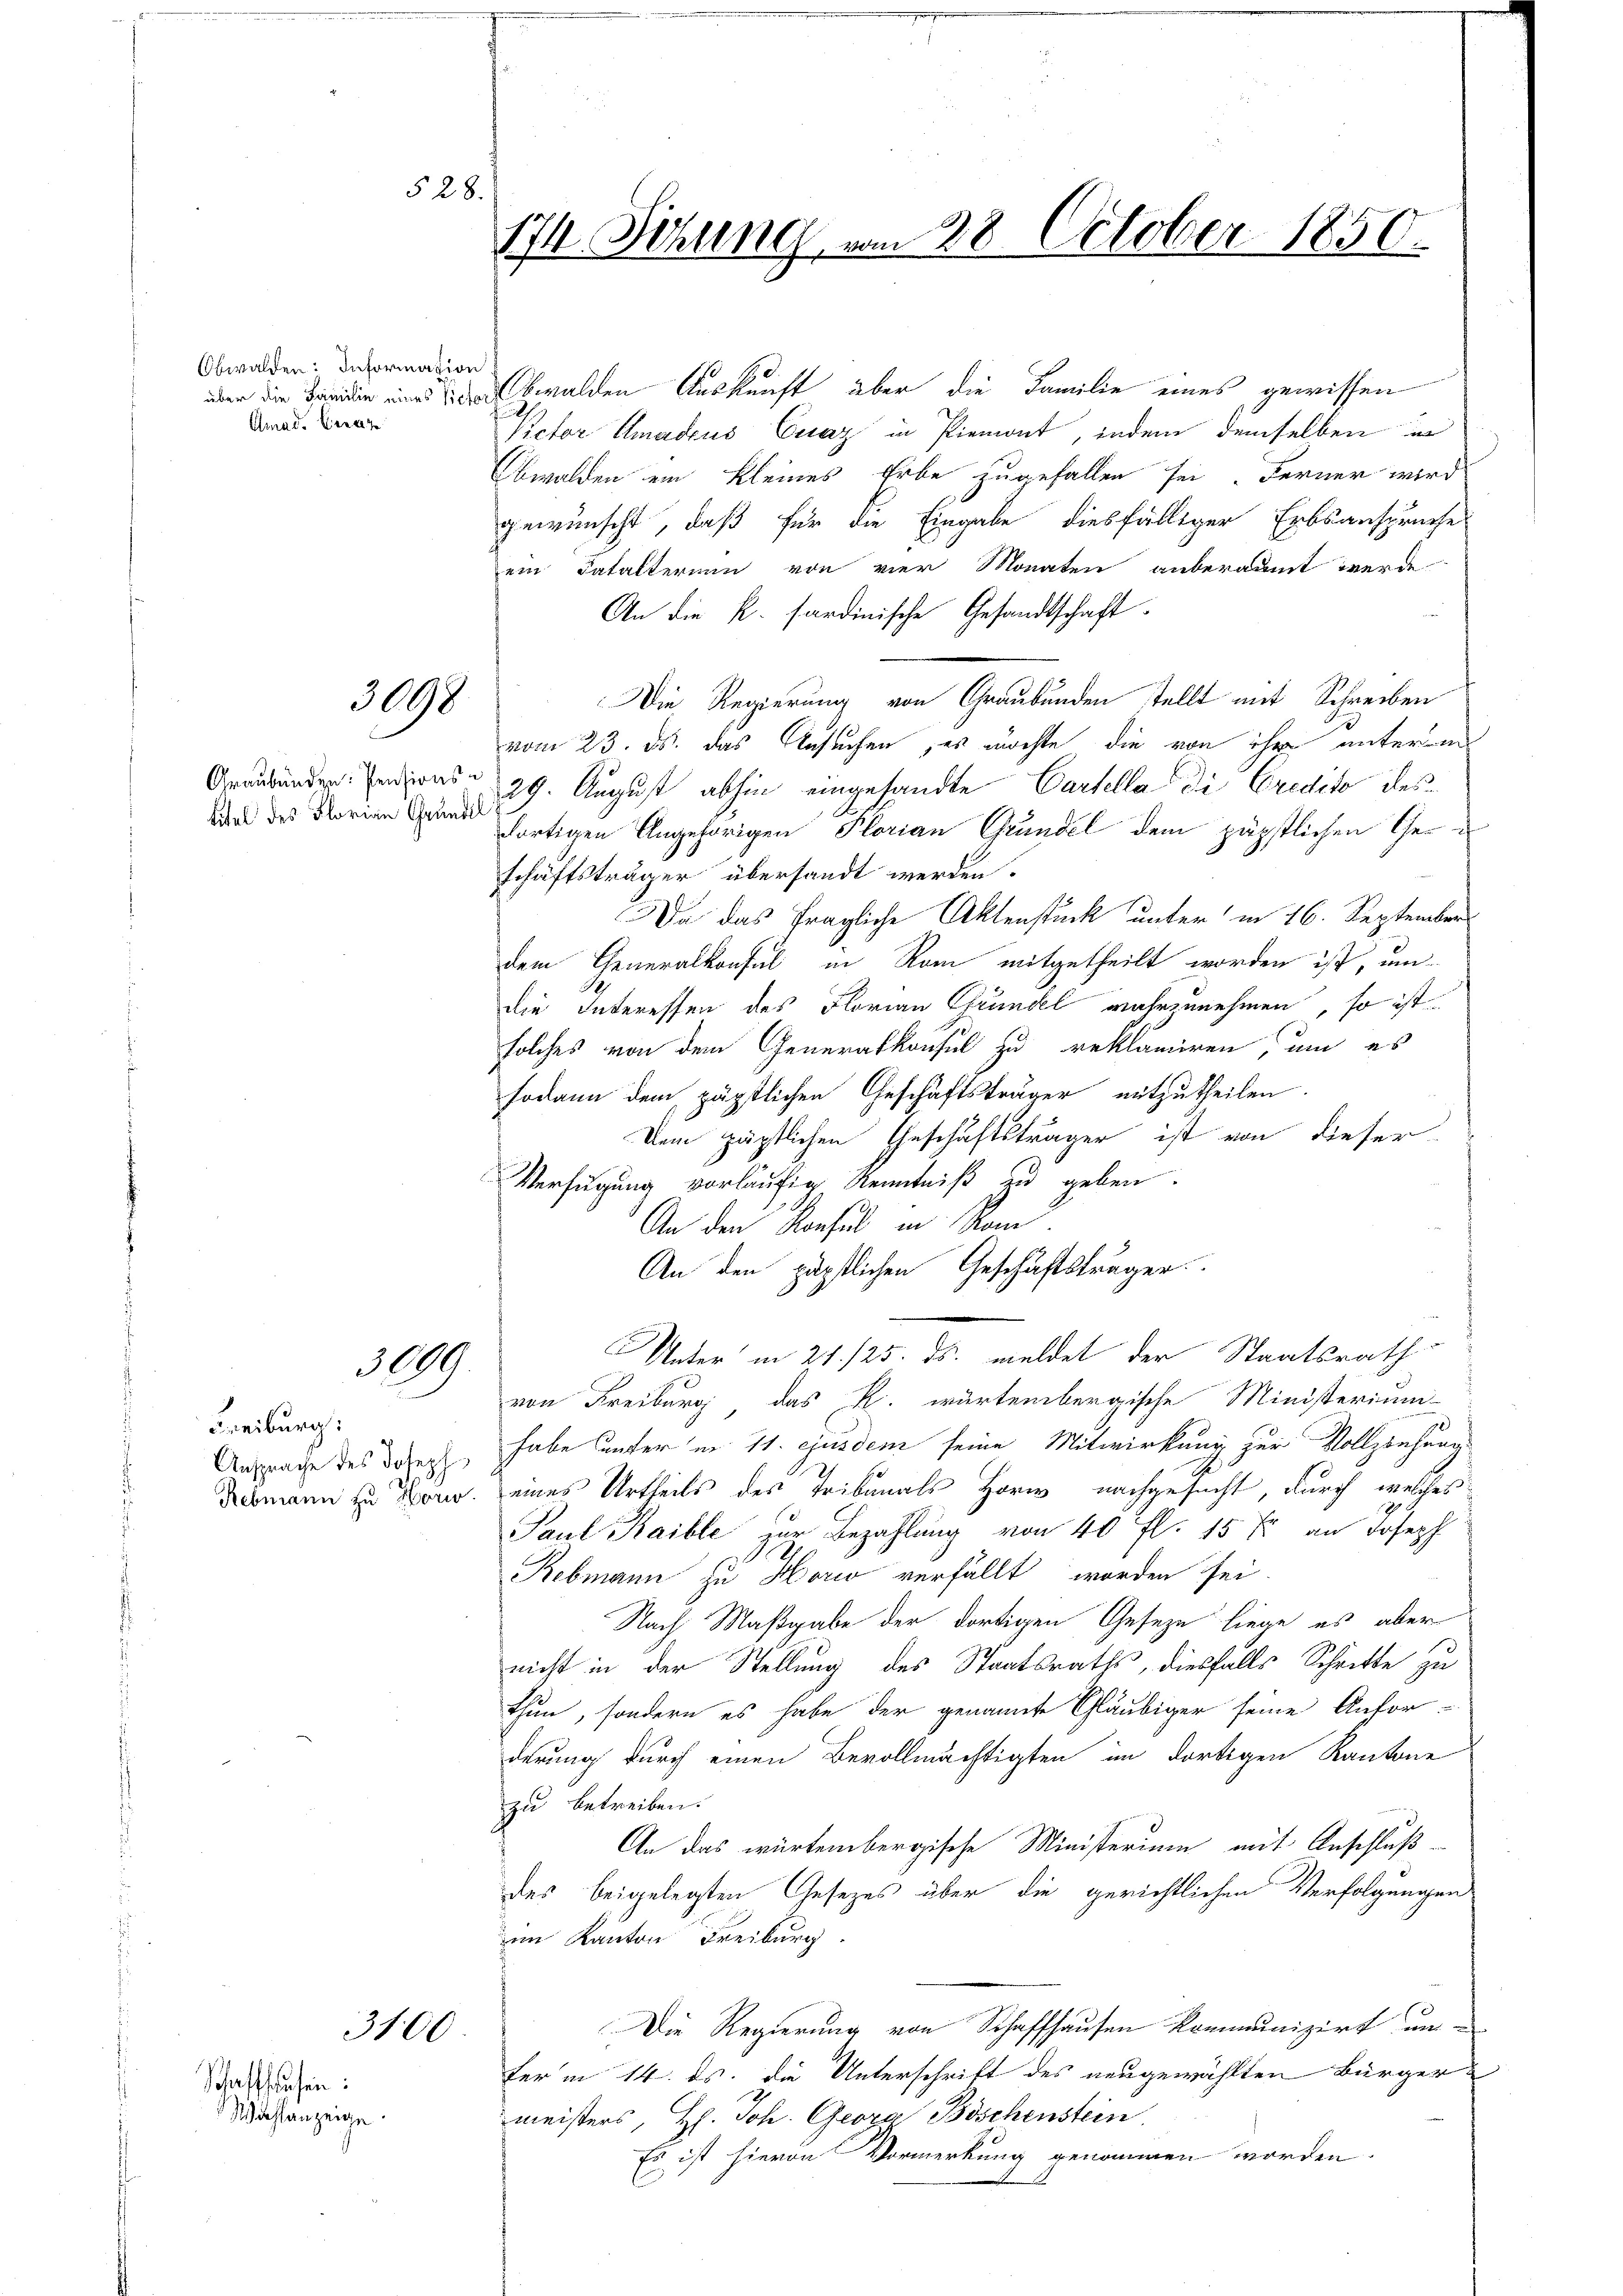
§ 28.

Obwalden: Information
Amad. Bera

Graubünden Pensionstitel des Florian Grundel

Schaffhausen:
Wahlanzeige

3098

3009.

Freiburg:
Ansprache des Joseph
Rebmann zu Horw

3100

174. Sitzung vom 28. October 1850.

bwalden Auskunft über die Familie eines gewissen
Victor Umadeus Cuaz in Piemont, indem demselben i
Obwalden ein kleines Erbe zugefallen sei. Ferner wird
gewünscht, daß für die Eingabe diesfälliger Erbsansprüche
ein Fatalterium von vier Monaten anberaumt werde
An die k. Sardinische Gesandtschaft
Die Regierung von Graubünden stellt mit Schreiben
vom 23. ds. das Gesuchen, es möchte, die von ihr unterm
29. August abhin eingesandte Cartella die Credito desdortigen Angehörigen Plorian Gründel dem päpstlichen Geschäftsträger übersandt werden.
Da das fragliche Aktenstück unter in 16. September
dem Generalkonsul in Rom mitgetheilt worden ist, um
die Interessen des Florian Gründel wahrzunehmen, so ist
solches von dem Generalkonsul zu reklamiren, um es
sodann dem päpstlichen Geschäftsträger mitzutheilen.
Dem pägtlichen Geschäftsträger ist von dieser
Verfügung vorläufig Kenntniß zu geben.
An den Konsul in Rom.
An den päpstlichen Geschäftsträger
Unter in 21. 125. ds. meldet der Staatsrath
von Freiburg das R. wartembergische Ministerium
habe unter in 11. ejusdem seine Mitwirkung zur Vollziehung
eines Urtheils des Tribunals Horw, nachgesucht, durch welches
Paul Kaible zur Bezahlung von 40 fl. 15 Xr an Joseph
Rebmann zu Horio verfällt worden sei.
Nach Maßgabe der dortigen Geseze liege es aber
nicht in der Stellung des Staatsraths, diesfalls Schritte zu
thun, sondern es habe der genannte Gläubiger seine Anfor-
derung durch einen Bevollmächtigten im dortigen Kantone
zu betreiben.
An das würtembergische Ministerium mit Anschluß
des beigelegten Gesezes über die gerichtlichen Verfolgungen
im Kanton Freiburg
Die Regierung von Schaffhausen kommunizirt und
fer in 14. ds. die Unterschrift des neugewählten Bürgermeisters, H. Joh. Georg Böschenstein
Es ist hievon Vormerkung genommen worden.